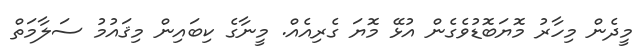
މީދެން މިހާރު މޮޔަބޮޑުވެގެން އުޅޭ މޮޔަ ގެރިއެއް. މީނާގެ ކިބައިން މިޤައުމު ސަލާމަތް